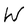
Character: W